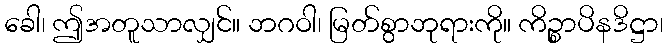
ခေါ၊ ဤအတူသာလျှင်။ ဘဂဝါ၊ မြတ်စွာဘုရားကို။ ကိဉ္စာပိနဒိဋ္ဌာ၊